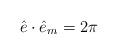
LaTeX: \begin{align*}\hat{e} \cdot \hat{e}_m = 2\pi\end{align*}